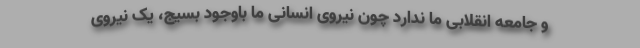
و جامعه انقلابی ما ندارد چون نیروی انسانی ما باوجود بسیج، یک نیروی